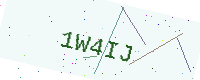
Text: 1W4IJ